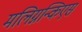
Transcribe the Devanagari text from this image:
मलिग्नन्किएस